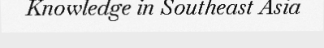
Knowledge in Southeast Asia